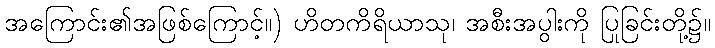
အကြောင်း၏အဖြစ်ကြောင့်။) ဟိတကိရိယာသု၊ အစီးအပွါးကို ပြုခြင်းတို့၌။